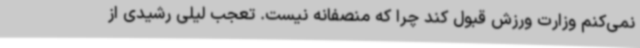
نمی‌کنم وزارت ورزش قبول کند چرا که منصفانه نیست. تعجب لیلی رشیدی از